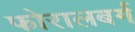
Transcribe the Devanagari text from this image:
फोरालबर्ग